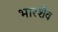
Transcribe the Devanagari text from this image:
भारशैव